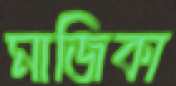
মাজিকা